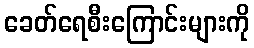
ခေတ်ရေစီးကြောင်းများကို